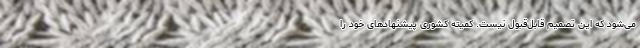
می‌شود که این تصمیم قابل‌قبول نیست. کمیته کشوری پیشنهاد‌های خود را